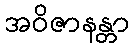
အဝိဇာနန္တာ